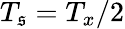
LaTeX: T_{\mathfrak{s}}=T_{x}/2